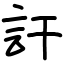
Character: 訐